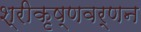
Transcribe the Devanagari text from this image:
श्रीकृष्णवर्णन